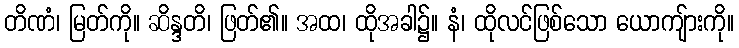
တိဏံ၊ မြတ်ကို။ ဆိန္ဒတိ၊ ဖြတ်၏။ အထ၊ ထိုအခါ၌။ နံ၊ ထိုလင်ဖြစ်သော ယောကျ်ားကို။